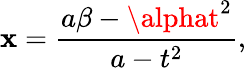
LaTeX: \mathbf{x}={\frac{{a\beta-\alphat^{2}}}{{a-t^{2}}}},